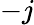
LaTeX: -j